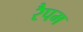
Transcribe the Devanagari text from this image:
रैपम